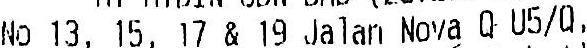
NO 13, 15, 17 & 19 JALAN NOVA Q U5/Q,